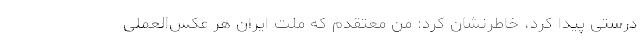
درستی پیدا کرد، خاطرنشان کرد: من معتقدم که ملت ایران هر عکس‌العملی